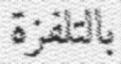
بالتلفزة